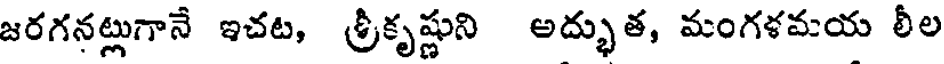
జరగనట్లుగానే ఇచట, శ్రీకృష్ణుని అద్భుత, మంగళమయ లీల